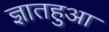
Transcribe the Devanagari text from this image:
ज्ञातहुआ